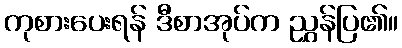
ကုစားပေးရန် ဒီစာအုပ်က ညွှန်ပြ၏။